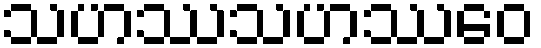
သဟဿသဟဿေဝ